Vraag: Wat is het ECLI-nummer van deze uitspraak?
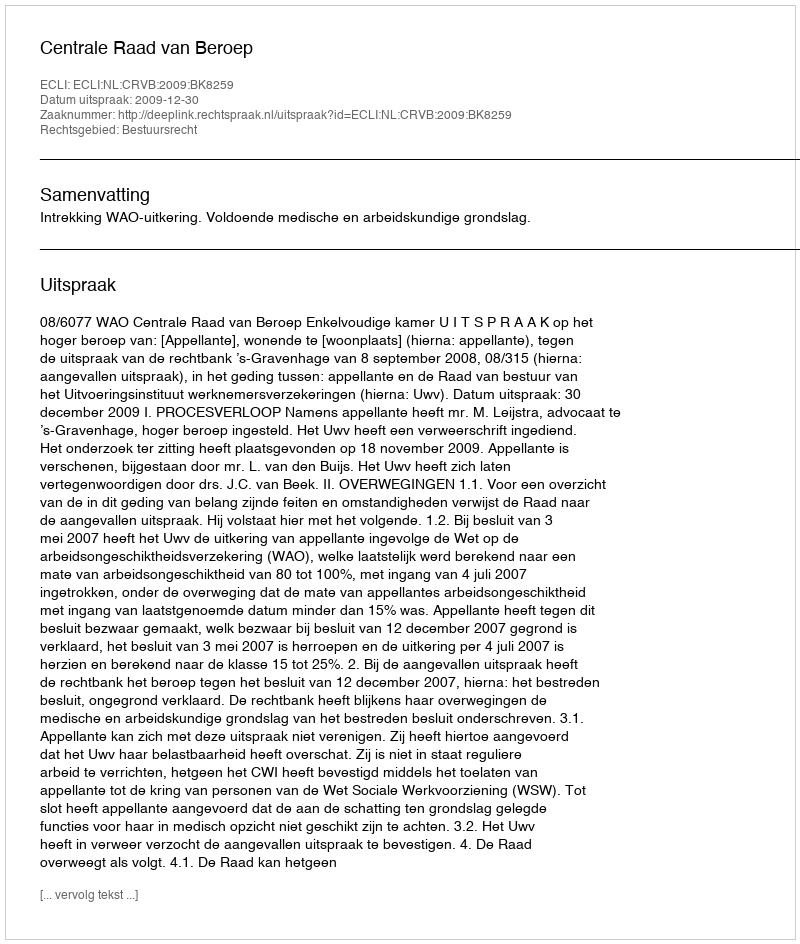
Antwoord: ECLI:NL:CRVB:2009:BK8259